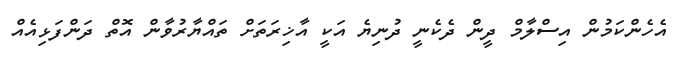
އެހެންކަމުން އިސްލާމް ދީން ދެކެނީ ދުނިޔެ އަކީ އާޚިރަތަށް ތައްޔާރުވާން އޮތް ދަންފަޅިއެއް